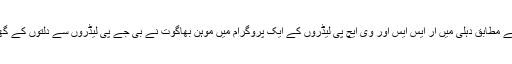
انگریزی اخبار ڈکن کرونیکل کی ایک رپورٹ کے مطابق دہلی میں آر ایس ایس اور وی ایچ پی لیڈروں کے ایک پروگرام میں موہن بھاگوت نے بی جے پی لیڈروں سے دلتوں کے گھر کھانا کھانے کا ڈرامہ بند کرنے کے لئے کہا۔